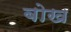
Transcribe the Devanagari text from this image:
बोख